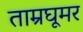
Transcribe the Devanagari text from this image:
ताम्रघूमर